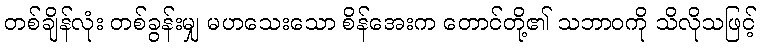
တစ်ချိန်လုံး တစ်ခွန်းမျှ မဟသေးသော စိန်အေးက တောင်တို့၏ သဘာဝကို သိလိုသဖြင့်